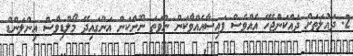
2. ދައުލަތަށް ދައްކަންޖެހޭ އެއްވެސް ފައިސާއެއްވާކަން ނުވަތަ ނޫންކަން އަންގައިދޭ މޯލްޑިވްސް އިންލަންޑް